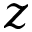
z